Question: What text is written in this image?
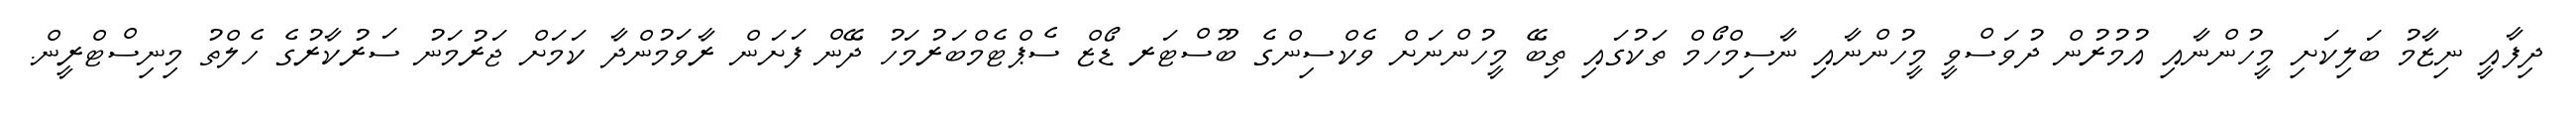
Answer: ދިފާއީ ނިޒާމު ބަލިކަށި މީހުންނާއި އުމުރުން ދުވަސްވީ މީހުންނާއި ނާސިމްހޯމް ތަކުގައި ތިބޭ މީހުންނަށް ވެކްސިންގެ ބޫސްޓަރ ޑޯޒް ސެޕްޓެމްބަރުމަހު ދޭން ފަށަން ރާވަމުންދާ ކަމަށް ޖަރުމަނު ސަރުކާރުގެ ހެލްތު މިނިސްޓްރީން.